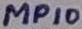
Text: MP10